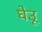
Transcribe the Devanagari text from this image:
घेउू